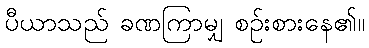
ပီယာသည် ခဏကြာမျှ စဉ်းစားနေ၏။